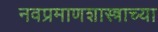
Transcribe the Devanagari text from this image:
नवप्रमाणशास्त्राच्या